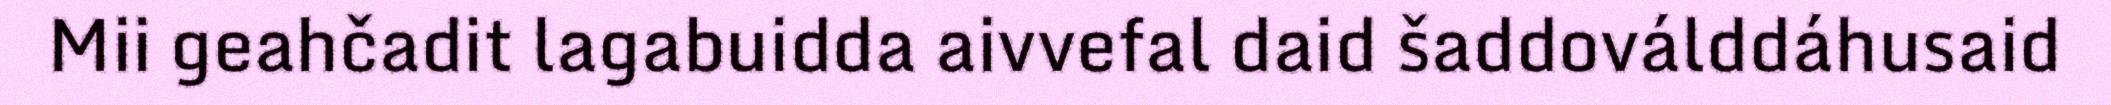
Mii geahčadit lagabuidda aivvefal daid šaddoválddáhusaid